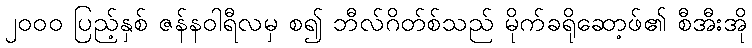
၂၀၀၀ ပြည့်နှစ် ဇန်နဝါရီလမှ စ၍ ဘီလ်ဂိတ်စ်သည် မိုက်ခရိုဆော့ဖ်၏ စီအီးအို